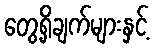
တွေ့ရှိချက်များနှင့်